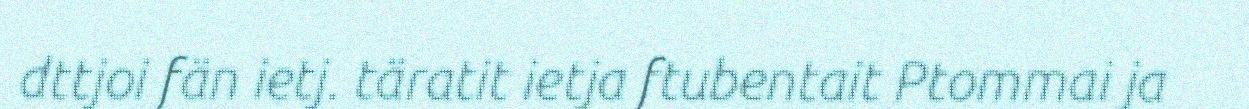
dttjoi fän ietj. täratit ietja ftubentait Ptommai ja